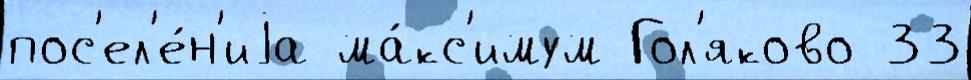
пос'ел'е́н'иjа ма́кс'имум Гол'яково 33